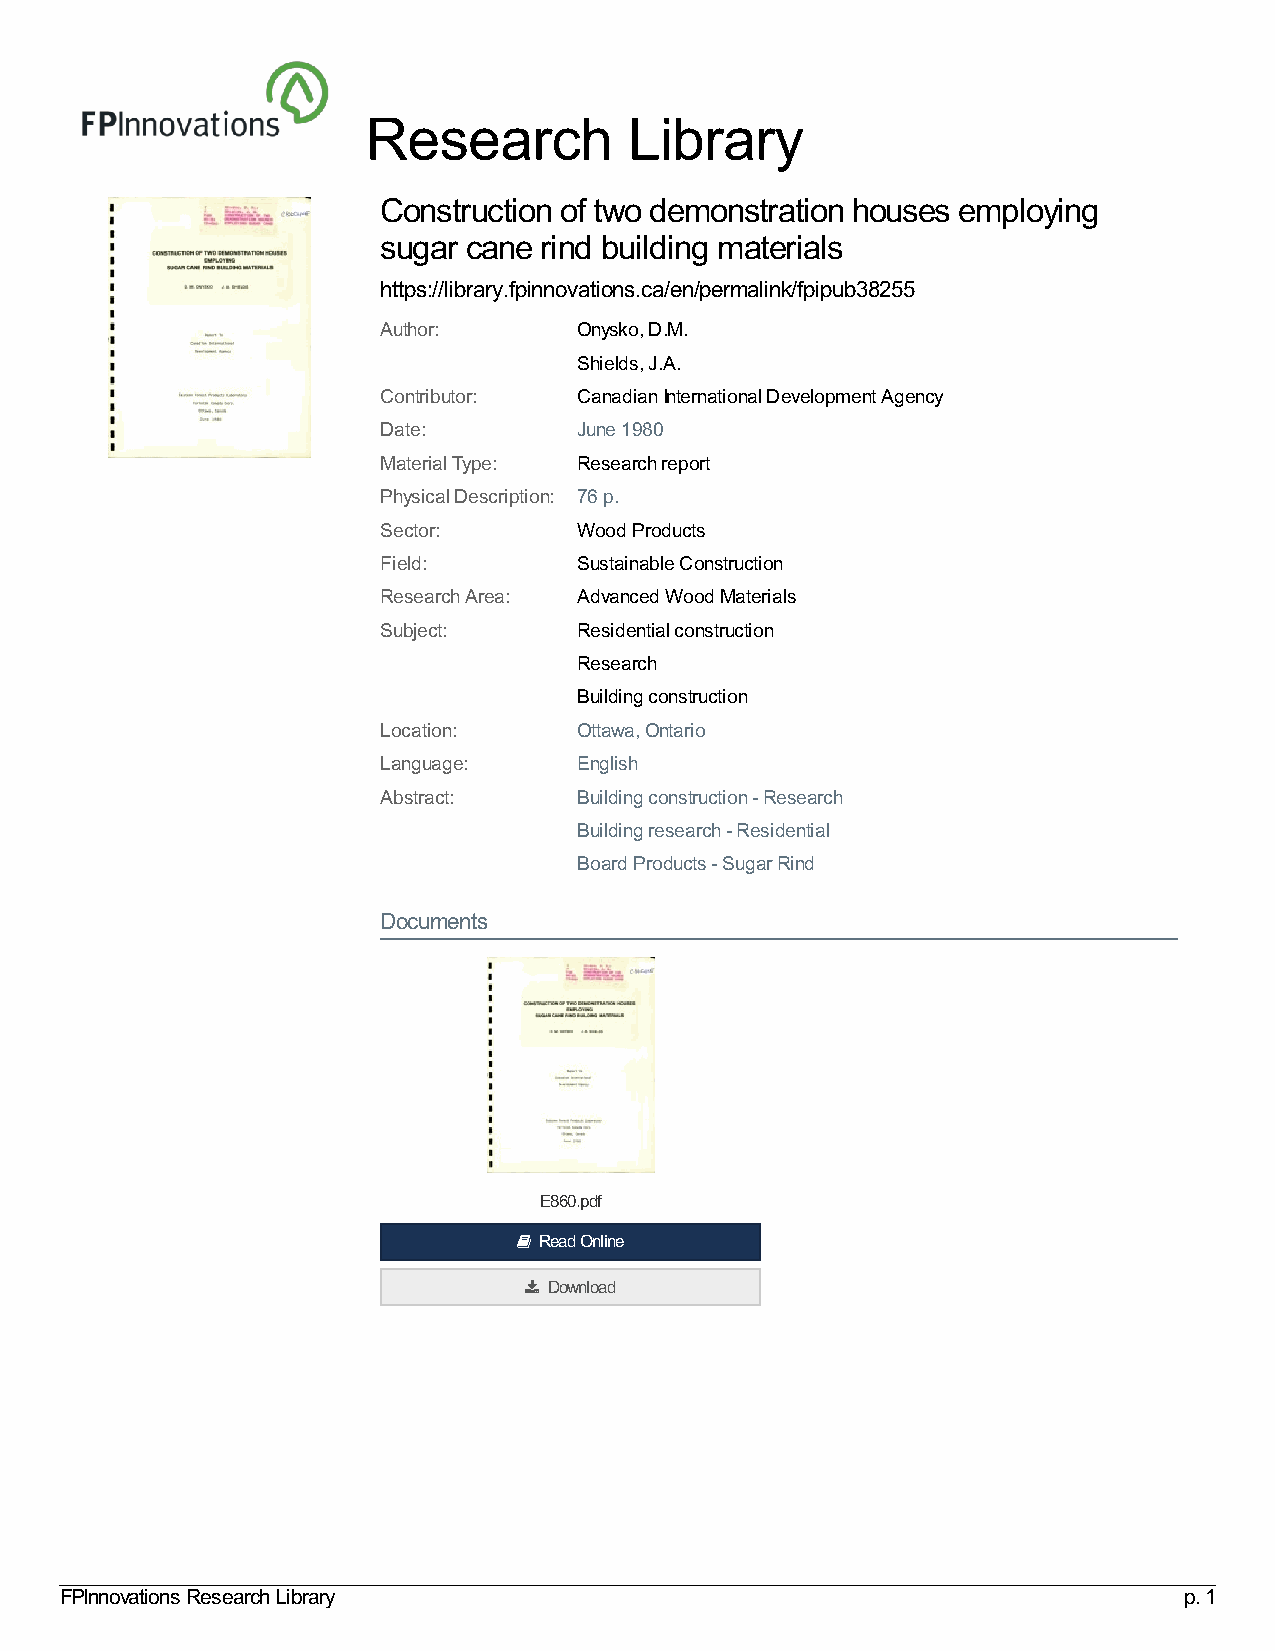
Research          Library
 Construction of two demonstration houses employing
 sugar cane rind building materials
 https://library.fpinnovations.ca/en/permalink/fpipub38255
 Author:      Onysko, D.M.
 Shields, J.A.
 Contributor: Canadian International Development Agency
 Date:        June 1980
 Material Type: Research report
 Physical Description: 76 p.
 Sector:      Wood Products
 Field:       Sustainable Construction
 Research Area: Advanced Wood Materials
 Subject:     Residential construction
 Research
 Building construction
 Location:    Ottawa, Ontario
 Language:    English
 Abstract:    Building construction - Research
 Building research - Residential
 Board Products - Sugar Rind
 Documents
 E860.pdf
  Read Online
  Download
 FPInnovations Research Library                                            p. 1